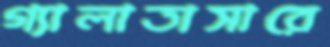
গ্যালাতাসারে